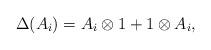
LaTeX: \begin{align*} \Delta(A_i) &= A_i \otimes 1 + 1 \otimes A_i,\end{align*}